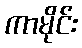
ကာမိုင်း